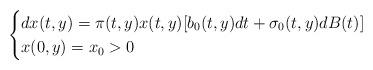
LaTeX: \begin{align*}\begin{cases}dx(t,y)=\pi(t,y)x(t,y)[b_0(t,y)dt+\sigma_0(t,y)dB(t)]\\x(0,y)=x_0>0\end{cases}\end{align*}